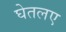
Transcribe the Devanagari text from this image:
घेतलए